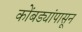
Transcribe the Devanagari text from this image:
कोंबड्यांपासून